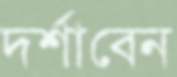
দর্শাবেন